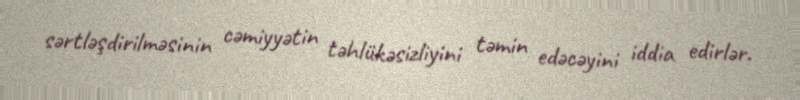
sərtləşdirilməsinin cəmiyyətin təhlükəsizliyini təmin edəcəyini iddia edirlər.